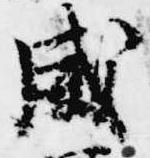
威